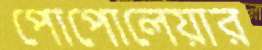
পোপোলেয়ার